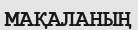
МАҚАЛАНЫҢ